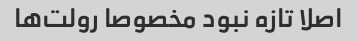
اصلا تازه نبود مخصوصا رولت‌ها